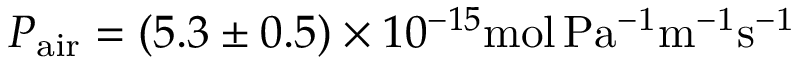
P _ { \mathrm { a i r } } = ( 5 . 3 \pm 0 . 5 ) \times 1 0 ^ { - 1 5 } \mathrm { m o l \, P a ^ { - 1 } m ^ { - 1 } s ^ { - 1 } }